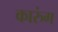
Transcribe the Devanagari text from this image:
कारुंग